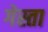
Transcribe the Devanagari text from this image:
गेस्ता